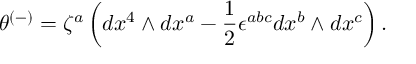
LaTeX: \theta ^ { ( - ) } = \zeta ^ { a } \left( d x ^ { 4 } \wedge d x ^ { a } - \frac { 1 } { 2 } \epsilon ^ { a b c } d x ^ { b } \wedge d x ^ { c } \right) .